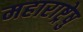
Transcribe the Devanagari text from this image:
महाराष्ट्रेषु